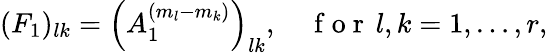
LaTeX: \begin{array}{r}{(F_{1})_{lk}=\left(A_{1}^{(m_{l}-m_{k})}\right)_{lk},\quad\mathrm{~f~o~r~}\, l,k=1,\dots,r,}\end{array}